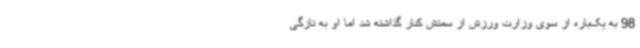
98 به یک‌باره از سوی وزارت ورزش از سمتش کنار گذاشته شد اما او به تازگی